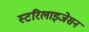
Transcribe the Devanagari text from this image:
स्टरिलाइजेसन